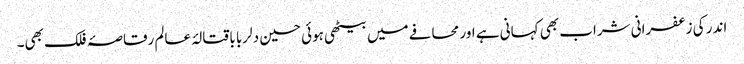
اندر کی زعفرانی شراب بھی کہانی ہے اور محافے میں بیٹھی ہوئی حسین دلربا باقتالۂ عالم رقاصۂ فلک بھی۔